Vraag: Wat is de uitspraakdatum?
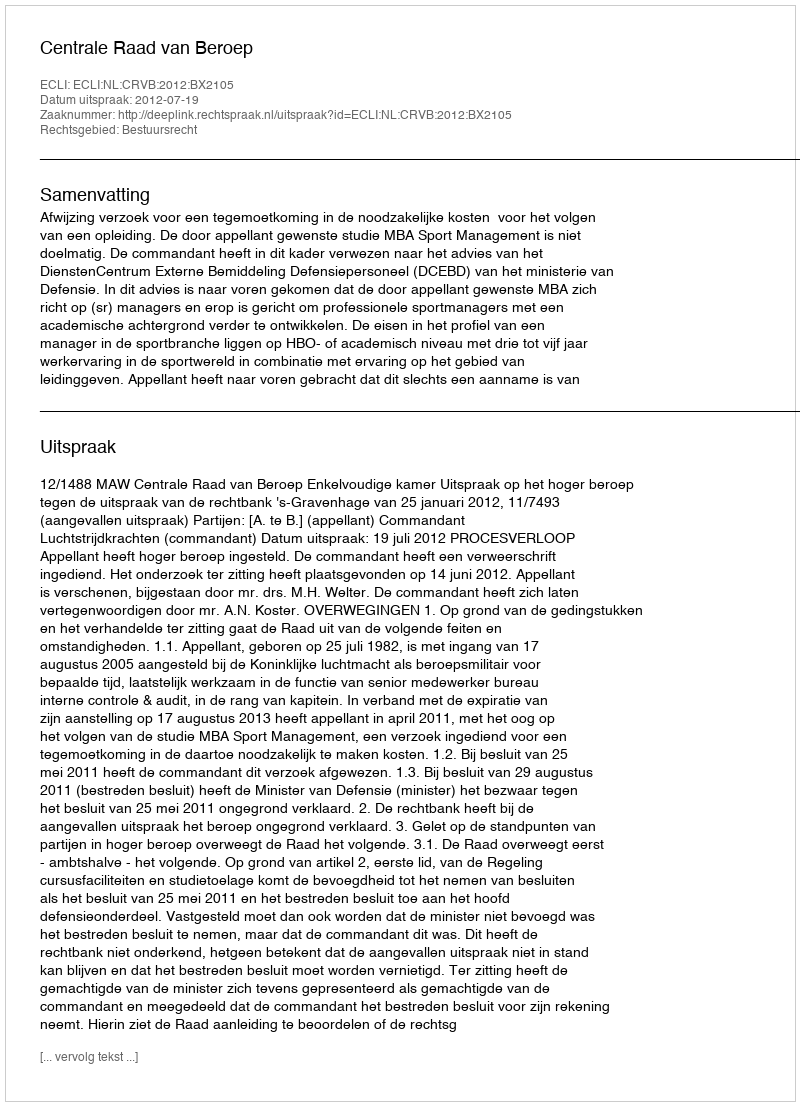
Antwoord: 2012-07-19